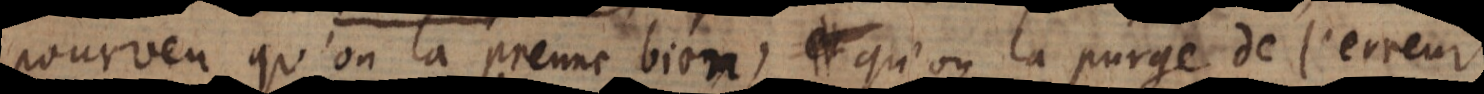
pourveu qu’on la prenne bien, qu’on la purge de l’erreur